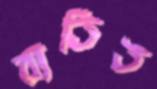
ব্যতিত